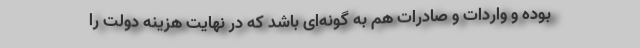
بوده و واردات و صادرات هم به گونه‌ای باشد که در نهایت هزینه دولت را